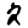
Digit: 2